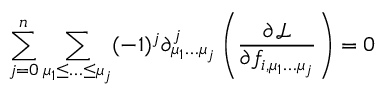
\sum _ { j = 0 } ^ { n } \sum _ { \mu _ { 1 } \leq \ldots \leq \mu _ { j } } ( - 1 ) ^ { j } \partial _ { \mu _ { 1 } \ldots \mu _ { j } } ^ { j } \left( { \frac { \partial { \mathcal { L } } } { \partial f _ { i , \mu _ { 1 } \dots \mu _ { j } } } } \right) = 0